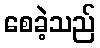
စေခဲ့သည်